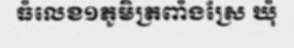
ធំលេខ១ភូមិត្រពាំងស្រែ ឃុំ